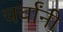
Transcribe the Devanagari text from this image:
चर्चांनी